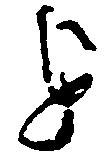
を